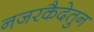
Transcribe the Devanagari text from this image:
नजरकैदेतुन